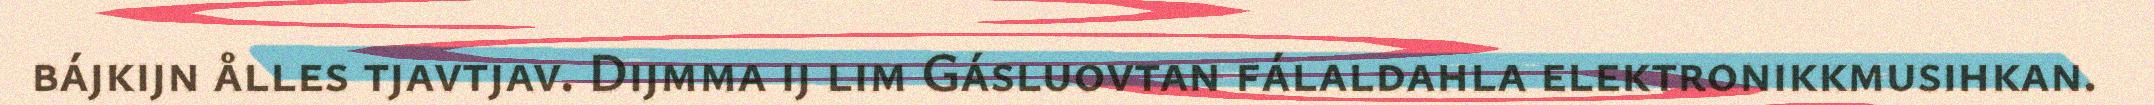
bájkijn ålles tjavtjav. Dijmma ij lim Gásluovtan fálaldahla elektronikkmusihkan.